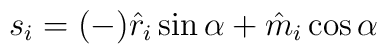
s_i = (-)\hat r_i \sin \alpha + \hat m_i \cos\alpha